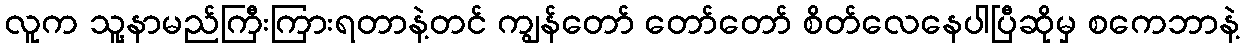
လူက သူ့နာမည်ကြီးကြားရတာနဲ့တင် ကျွန်တော် တော်တော် စိတ်လေနေပါပြီဆိုမှ စကေဘာနဲ့